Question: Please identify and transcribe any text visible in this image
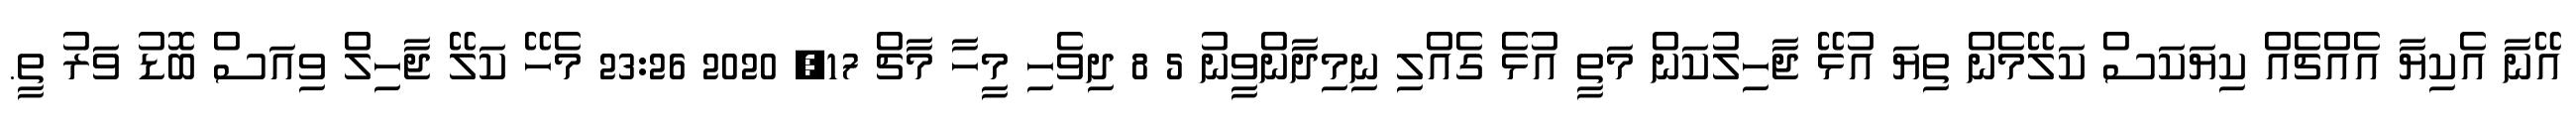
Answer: އޭނާ އެކިޔާ އެއްޗެއް ކިޔަކަސް ކަލޭމެން ތިޔަ އުޅޭ ޖާހިލުކަން މަތީ އުޅެ ގެއްލި ނިމިދާންވީނު 5 8 ދިވެހި މީހާ މާޗް 17, 2020 23:26 މެހޭ ކަލޭ ޖާހިލް ވިއަސް ބޮޑު ވަރު ތީ.